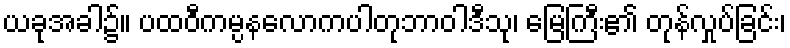
ယခုအခါ၌။ ပထဝီကမ္ပနလောကပါတုဘာဝါဒီသု၊ မြေကြီး၏ တုန်လှုပ်ခြင်း၊